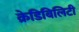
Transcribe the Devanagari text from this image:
क्रेडिबिलिटी